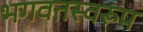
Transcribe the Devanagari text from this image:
भगवतस्वरूप